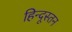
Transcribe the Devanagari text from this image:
हिन्दूस्तन